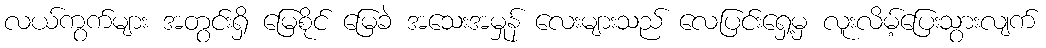
လယ်ကွက်များ အတွင်းရှိ မြေစိုင် မြေခဲ အသေးအမှုန် လေးများသည် လေပြင်းရှေ့မှ လူးလိမ့်ပြေးသွားလျက်